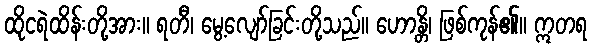
ထိုငရဲထိန်းတို့အား။ ရတီ၊ မွေ့လျော်ခြင်းတို့သည်။ ဟောန္တိ၊ ဖြစ်ကုန်၏။ ဣတရ